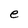
Character: e